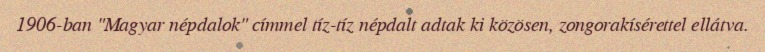
1906-ban "Magyar népdalok" címmel tíz-tíz népdalt adtak ki közösen, zongorakísérettel ellátva.